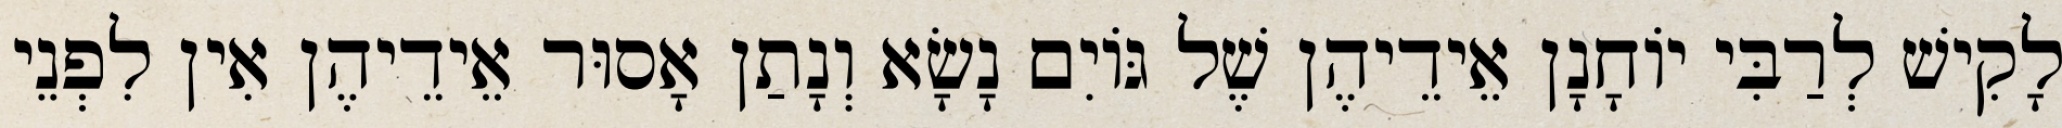
לָקִישׁ לְרַבִּי יוֹחָנָן אֵידֵיהֶן שֶׁל גּוֹיִם נָשָׂא וְנָתַן אָסוּר אֵידֵיהֶן אִין לִפְנֵי